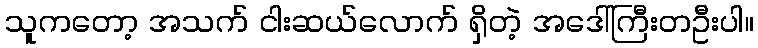
သူကတော့ အသက် ငါးဆယ်လောက် ရှိတဲ့ အဒေါ်ကြီးတဦးပါ။